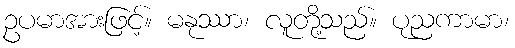
ဥပမာအားဖြင့်။ မနုဿာ၊ လူတို့သည်။ ပုညကာမာ၊